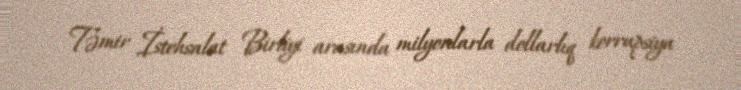
Təmir İstehsalat Birliyi arasında milyonlarla dollarlıq korrupsiya